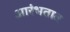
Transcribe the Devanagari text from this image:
आरंभतात